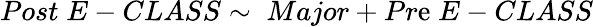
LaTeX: Post\; E-CLASS\sim\; Major+Pr\mathrm{e}\; E-CLASS